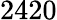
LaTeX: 2420